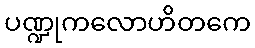
ပဏ္ဍုကလောဟိတကေ